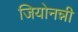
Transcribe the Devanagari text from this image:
जियोनन्नी